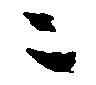
二